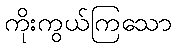
ကိုးကွယ်ကြသော